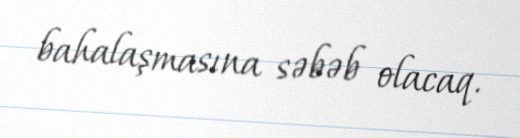
bahalaşmasına səbəb olacaq.